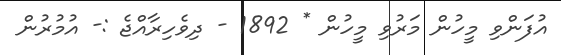
އުފަންވި މީހުން މަރުވި މީހުން * 1892 - ދިވެހިރާއްޖެ :- އުމުރުން